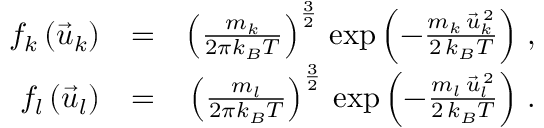
\begin{array} { r l r } { f _ { k } \left( \vec { u } _ { k } \right) } & { = } & { \left( \frac { m _ { k } } { 2 \pi k _ { B } T } \right) ^ { \frac { 3 } { 2 } } \, \exp \left( - \frac { m _ { k } \, \vec { u } _ { k } ^ { \, 2 } } { 2 \, k _ { B } T } \right) \, , } \\ { f _ { l } \left( \vec { u } _ { l } \right) } & { = } & { \left( \frac { m _ { l } } { 2 \pi k _ { B } T } \right) ^ { \frac { 3 } { 2 } } \, \exp \left( - \frac { m _ { l } \, \vec { u } _ { l } ^ { \, 2 } } { 2 \, k _ { B } T } \right) \, . } \end{array}